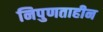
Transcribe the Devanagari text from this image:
निपुणताहीन